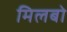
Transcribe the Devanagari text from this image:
मिलबो